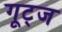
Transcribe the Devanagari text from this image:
गूट्ज